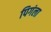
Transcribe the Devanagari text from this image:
पिगंला